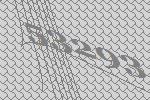
53293